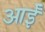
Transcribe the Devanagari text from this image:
आईँ